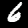
Digit: 6